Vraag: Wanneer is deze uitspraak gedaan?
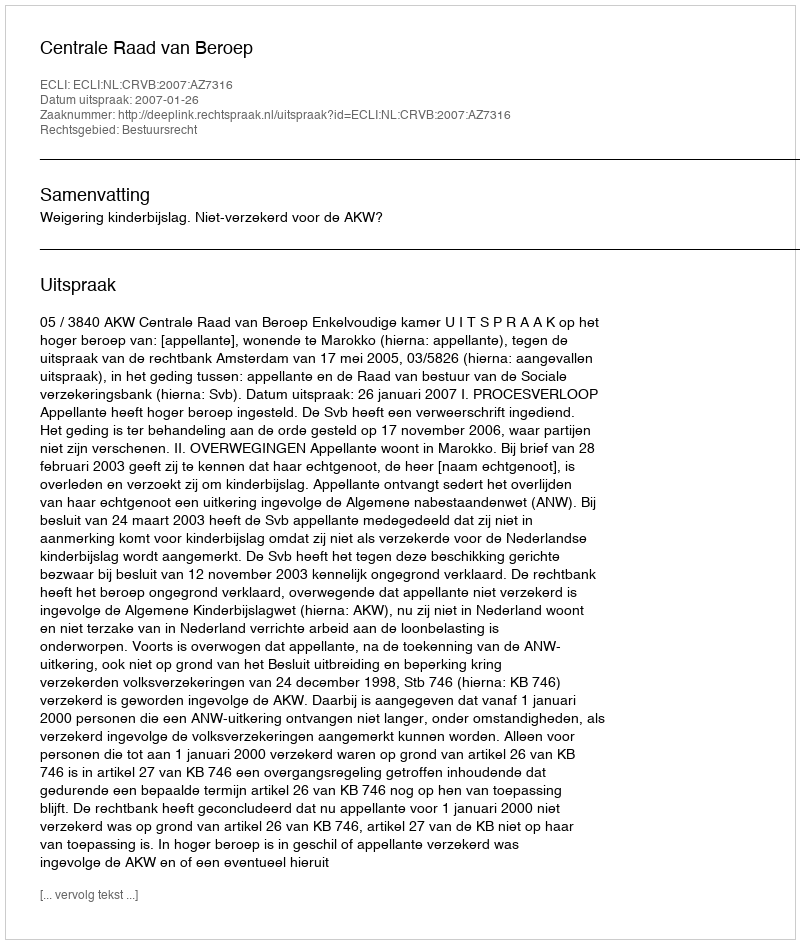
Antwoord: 2007-01-26